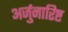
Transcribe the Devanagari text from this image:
अर्जुनारिष्ट